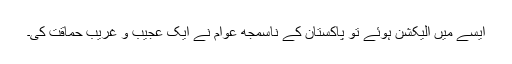
ایسے میں الیکشن ہوئے تو پاکستان کے ناسمجھ عوام نے ایک عجیب و غریب حماقت کی۔